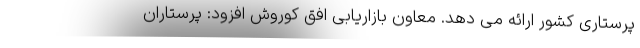
پرستاری کشور ارائه می­ دهد. معاون بازاریابی افق کوروش افزود: پرستاران